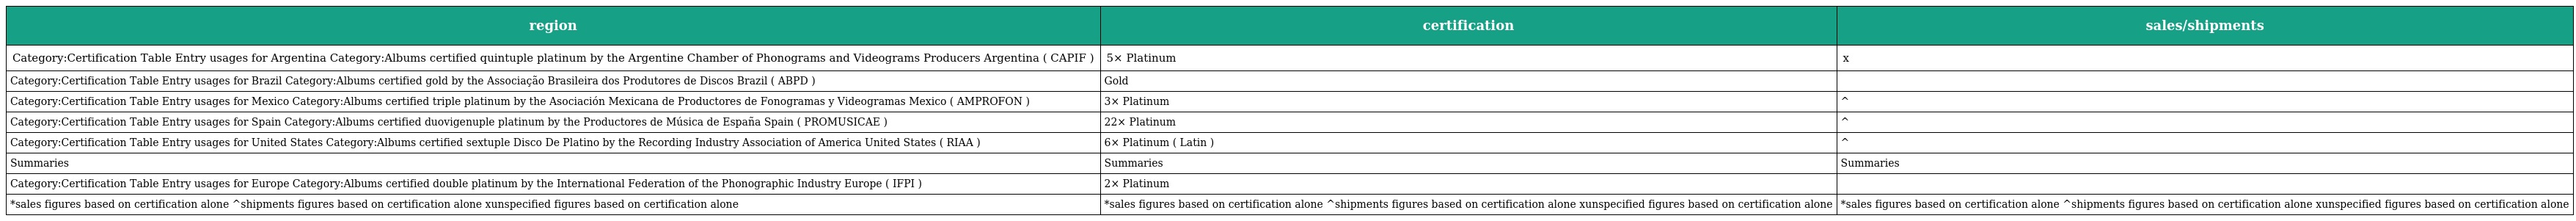
| region | certification | sales/shipments |
 | --- | --- | --- |
 | Category:Certification Table Entry usages for Argentina Category:Albums certified quintuple platinum by the Argentine Chamber of Phonograms and Videograms Producers Argentina ( CAPIF ) | 5× Platinum | x |
 | Category:Certification Table Entry usages for Brazil Category:Albums certified gold by the Associação Brasileira dos Produtores de Discos Brazil ( ABPD ) | Gold |  |
 | Category:Certification Table Entry usages for Mexico Category:Albums certified triple platinum by the Asociación Mexicana de Productores de Fonogramas y Videogramas Mexico ( AMPROFON ) | 3× Platinum | ^ |
 | Category:Certification Table Entry usages for Spain Category:Albums certified duovigenuple platinum by the Productores de Música de España Spain ( PROMUSICAE ) | 22× Platinum | ^ |
 | Category:Certification Table Entry usages for United States Category:Albums certified sextuple Disco De Platino by the Recording Industry Association of America United States ( RIAA ) | 6× Platinum ( Latin ) | ^ |
 | Summaries | Summaries | Summaries |
 | Category:Certification Table Entry usages for Europe Category:Albums certified double platinum by the International Federation of the Phonographic Industry Europe ( IFPI ) | 2× Platinum |  |
 | *sales figures based on certification alone ^shipments figures based on certification alone xunspecified figures based on certification alone | *sales figures based on certification alone ^shipments figures based on certification alone xunspecified figures based on certification alone | *sales figures based on certification alone ^shipments figures based on certification alone xunspecified figures based on certification alone |